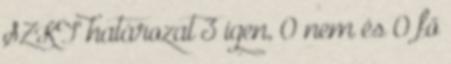
SZKT határozat 3 igen, 0 nem és 0 fő